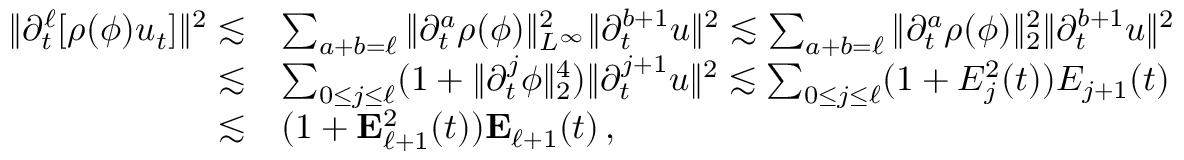
\begin{array} { r l } { \| \partial _ { t } ^ { \ell } [ \rho ( \phi ) u _ { t } ] \| ^ { 2 } \lesssim } & { \sum _ { a + b = \ell } \| \partial _ { t } ^ { a } \rho ( \phi ) \| _ { L ^ { \infty } } ^ { 2 } \| \partial _ { t } ^ { b + 1 } u \| ^ { 2 } \lesssim \sum _ { a + b = \ell } \| \partial _ { t } ^ { a } \rho ( \phi ) \| _ { 2 } ^ { 2 } \| \partial _ { t } ^ { b + 1 } u \| ^ { 2 } } \\ { \lesssim } & { \sum _ { 0 \leq j \leq \ell } ( 1 + \| \partial _ { t } ^ { j } \phi \| _ { 2 } ^ { 4 } ) \| \partial _ { t } ^ { j + 1 } u \| ^ { 2 } \lesssim \sum _ { 0 \leq j \leq \ell } ( 1 + E _ { j } ^ { 2 } ( t ) ) E _ { j + 1 } ( t ) } \\ { \lesssim } & { ( 1 + \mathbf { E } _ { \ell + 1 } ^ { 2 } ( t ) ) \mathbf { E } _ { \ell + 1 } ( t ) \, , } \end{array}